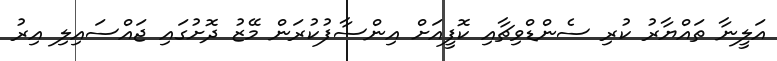
އަލީނާ ތައްޔާރު ކުރި ސެންޑްވިޗާއި ކޮފީއަށް އިންސާފުކުރަން މޭޒު ދޮށުގައި ޖައްސައިލި އިރު